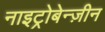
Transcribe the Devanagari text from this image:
नाइट्रोबेन्ज़ीन